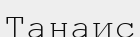
Танаис